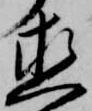
直